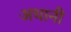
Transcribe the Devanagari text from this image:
अधानी